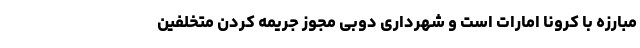
مبارزه با کرونا امارات است و شهرداری دوبی مجوز جریمه کردن متخلفین